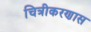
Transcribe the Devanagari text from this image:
चित्रीकरणास